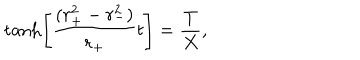
\tanh \left[ { \frac { ( r _ { + } ^ { 2 } - r _ { - } ^ { 2 } ) } { r _ { + } } } t \right] = { \frac { T } { X } } ,